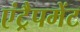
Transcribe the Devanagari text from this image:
एंट्रैपमेंट